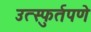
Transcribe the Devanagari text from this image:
उत्स्फुर्तपणे